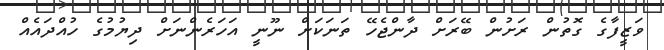
ވަޒީފާގެ ގޮތުން ރަށުން ބޭރަށް ދާންޖެހޭ ތަނަކަށް ނޫނީ އަހަރެންނަށް ދިޔުމުގެ ހުއްދައެއް